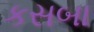
કસબા